Document type: Confirmation
Year: 1374
Scribe: Ramon Camat
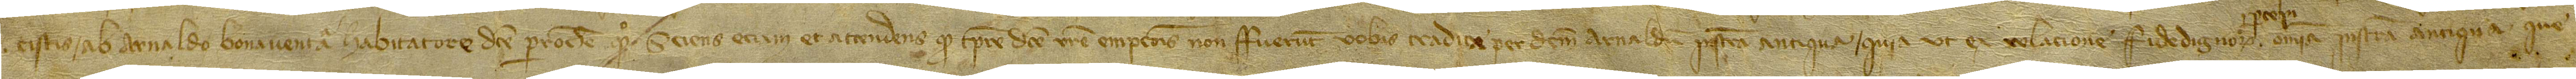
cistis ab Arnaldo Bonaventura, habitatore dicte parrochie, quondam; sciens etiam et attendens quod tempore dicte vestre empcionis non fuerunt vobis tradita per dictum Arnaldum instrumenta antiqua, quia ut ex relacione fidedignorum percepi omnia instrumenta antiqua que